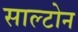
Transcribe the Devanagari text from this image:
साल्टोन